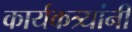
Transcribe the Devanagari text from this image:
कार्यकत्र्यांनी